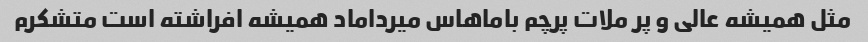
مثل همیشه عالی و پر ملات پرچم باماهاس میرداماد همیشه افراشته است متشکرم